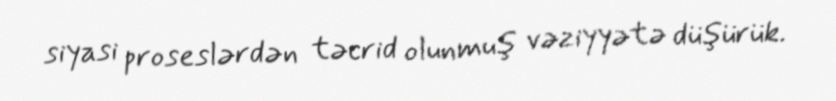
siyasi proseslərdən təcrid olunmuş vəziyyətə düşürük.